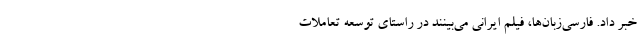
خبر داد. فارسی‌زبان‌ها، فیلم ایرانی می‌بینند در راستای توسعه تعاملات